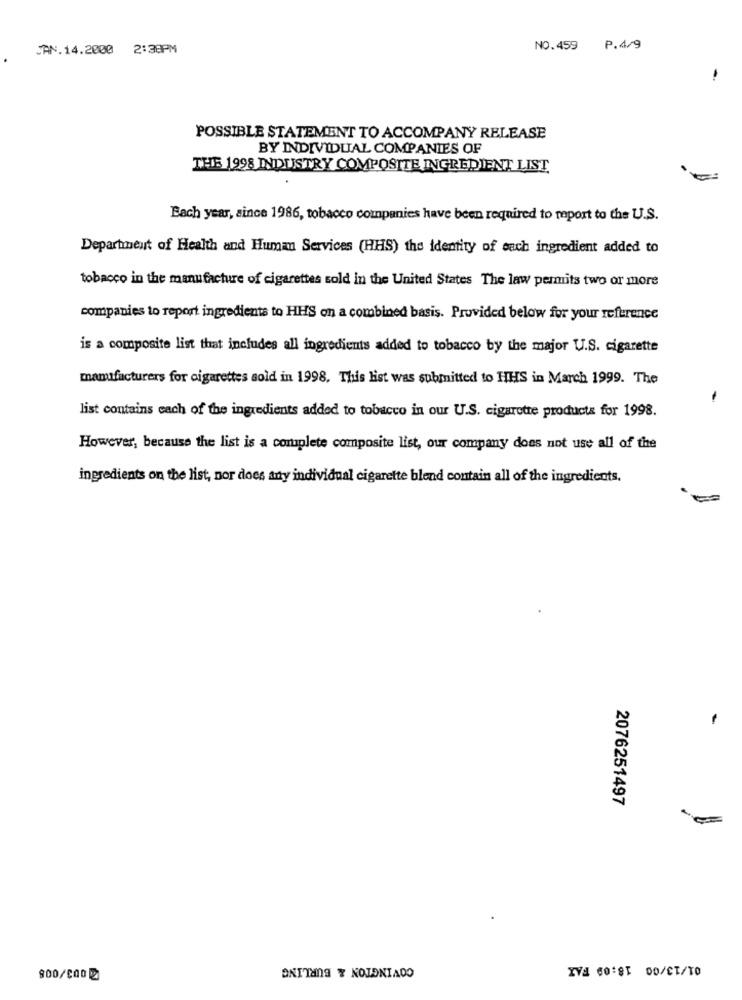
JAN.14.2000 2:38PM
NO.459 P.4/9
POSSIBLE STATEMENT TO ACCOMPANY RELEASE
BY INDIVIDUAL COMPANIES OF
THE 1998 INDUSTRY COMPOSITE INGREDIENT LIST
Each year, since 1986, tobacco companies have been required to report to the U.S.
Department of Health and Human Services (HHS) the identity of each ingredient added to
tobacco in the manufacture of cigarettes sold in the United States The law permits two or more
companies to report ingredients to HHS on a combined basis. Provided below for your reference
is a composite list that includes all ingredients added to tobacco by the major U.S. cigarette
manufacturers for cigarettes sold in 1998, This list was submitted to HHS in March 1999. The
list contains each of the ingredients added to tobacco in our U.S. cigarette products for 1998.
However, because the list is a complete composite list, our company does not use all of the
ingredients on the list, nor does any individual cigarette blend contain all of the ingredients.
2076251497
COVINGTON & BURLING
IVA 00:81 00/CT/TO
900/000